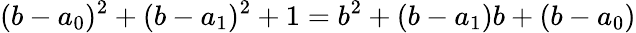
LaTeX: (b-a_{0})^{2}+(b-a_{1})^{2}+1=b^{2}+(b-a_{1})b+(b-a_{0})